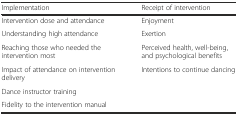
| Implementation | Receipt of intervention |
 | --- | --- |
 | Intervention dose and attendance | Enjoyment |
 | Understanding high attendance | Exertion |
 | Reaching those who needed the intervention most | Perceived health, well-being, and psychological benefits |
 | Impact of attendance on intervention delivery | Intentions to continue dancing |
 | Dance instructor training |  |
 | Fidelity to the intervention manual |  |